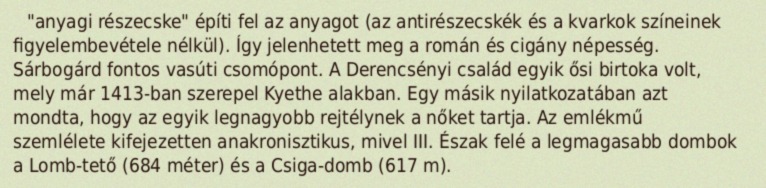
"anyagi részecske" építi fel az anyagot (az antirészecskék és a kvarkok színeinek figyelembevétele nélkül). Így jelenhetett meg a román és cigány népesség. Sárbogárd fontos vasúti csomópont. A Derencsényi család egyik ősi birtoka volt, mely már 1413-ban szerepel Kyethe alakban. Egy másik nyilatkozatában azt mondta, hogy az egyik legnagyobb rejtélynek a nőket tartja. Az emlékmű szemlélete kifejezetten anakronisztikus, mivel III. Észak felé a legmagasabb dombok a Lomb-tető (684 méter) és a Csiga-domb (617 m).